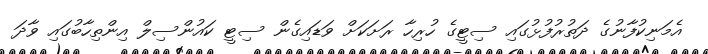
އެމަނިކުފާނުގެ ދަތުރުފުޅުގައި ސިޓީގެ ހުރިހާ ރަށަކަށް ވަޑައިގެން ސިޓީ ކައުންސިލް އިންތިހާބުގައި ވާދަ